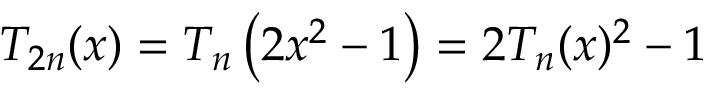
T _ { 2 n } ( x ) = T _ { n } \left( 2 x ^ { 2 } - 1 \right) = 2 T _ { n } ( x ) ^ { 2 } - 1